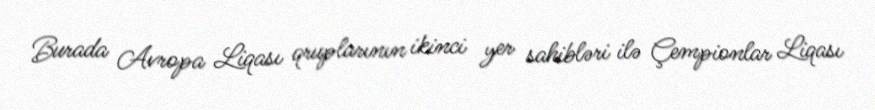
Burada Avropa Liqası qruplarının ikinci yer sahibləri ilə Çempionlar Liqası